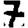
Digit: 7